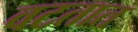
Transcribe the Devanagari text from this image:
वटतात